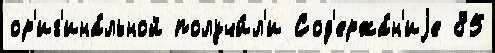
ор'иг'ина́льной получи́л'и Сод'ержа́н'иjе 85